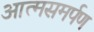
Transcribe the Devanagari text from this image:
आत्‍मसमर्पण